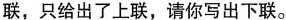
联，只给出了上联，请你写出下联。